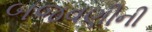
બજવણીની